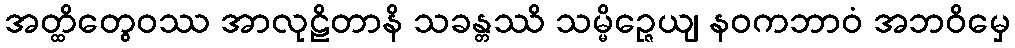
အတ္ထိတွေဝဿ အာလုဠိတာနိ သခန္တဿိ သမ္မိဉ္ဇေယျ နဝကဘာဝံ အဘဝိမှေ